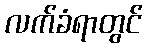
လက်ခံရာတွင်